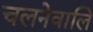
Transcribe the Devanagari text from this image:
चलनेवालि